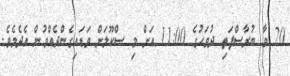
20 ވާ ބުރާސްފަތި ދުވަހުގެ 11:00 އަށް މި ސްކޫލަށް ވަޑައިގެންދެއްވުން އެދެމެވެ.